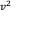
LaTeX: \scriptstyle v ^ { 2 }